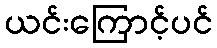
ယင်းကြောင့်ပင်